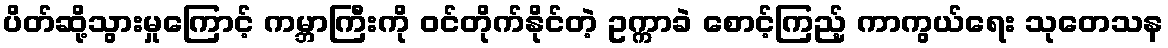
ပိတ်ဆို့သွားမှုကြောင့် ကမ္ဘာကြီးကို ဝင်တိုက်နိုင်တဲ့ ဥက္ကာခဲ စောင့်ကြည့် ကာကွယ်ရေး သုတေသန